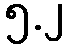
၅.၂